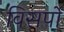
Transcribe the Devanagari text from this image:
विसर्पों